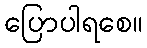
ပြောပါရစေ။